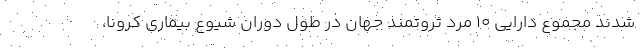
شدند مجموع دارایی 10 مرد ثروتمند جهان در طول دوران شیوع بیماری کرونا،